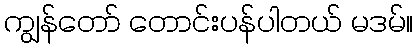
ကျွန်တော် တောင်းပန်ပါတယ် မဒမ်။